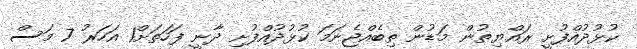
ކުޅުދުއްފުށީ ރައްޔިތުން މަޑުން ތިބެއްޖެނަމަ ކުޅުދުއްފުށި ދާނީ ފަހަތަށް1 އަހަރު 7 މަސް